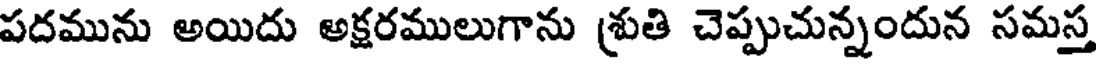
పదమును అయిదు అక్షరములుగాను శ్రుతి చెప్పుచున్నందున సమస్త